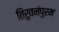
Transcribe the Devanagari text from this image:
तिरुवनंपुरम